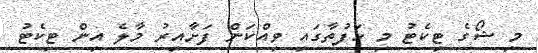
މި ޝޯގެ ޓިކެޓު މި ހަފުތާގައި ވިއްކަން ފަށާއިރު މާލެ އިން ޓިކެޓު